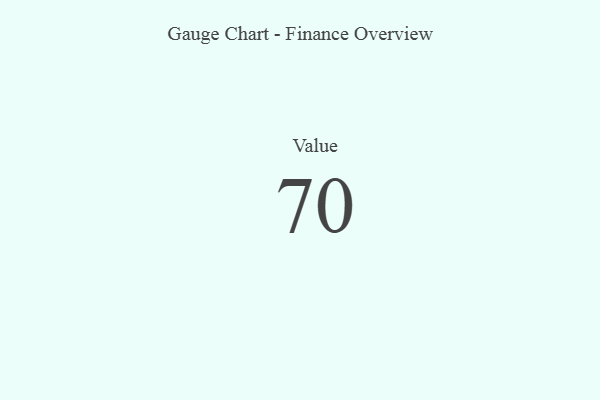
{"axis": {"x": "Metric", "y": "Value"}, "legend": [""], "data": [{"x": "Value", "y": 70, "type": ""}]}